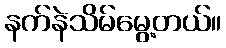
နက်နဲသိမ်မွေ့တယ်။